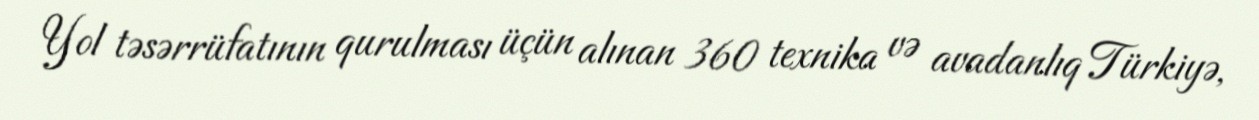
Yol təsərrüfatının qurulması üçün alınan 360 texnika və avadanlıq Türkiyə,